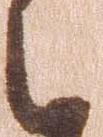
と